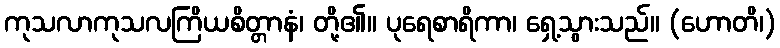
ကုသလာကုသလကြိယစိတ္တာနံ၊ တို့၏။ ပုရေစာရိကာ၊ ရှေ့သွားသည်။ (ဟောတိ၊)